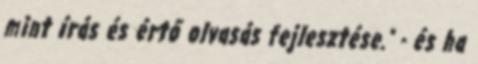
mint írás és értő olvasás fejlesztése." - és ha